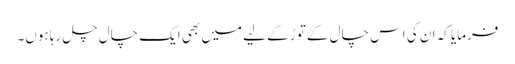
فرمایا کہ ان کی اس چال کے توڑ کے لیے میں بھی ایک چال چل رہا ہوں۔